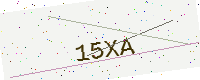
Text: 15XA